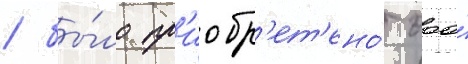
/ бы́ло пр'иобр'ет'ено́ ооо́